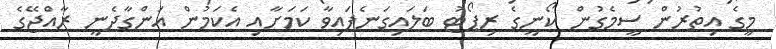
މީގެ އިތުރުން ސީމެގުން ކޯނީގެ ރިޕޯޓު ބަލައިގަނެފައިވާ ކަމަށާއި އެކަމުން އަންގާދެނީ ރާއްޖޭގެ